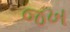
જખ